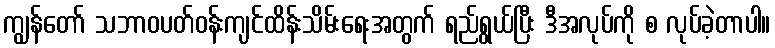
ကျွန်တော် သဘာဝပတ်ဝန်းကျင်ထိန်းသိမ်းရေးအတွက် ရည်ရွယ်ပြီး ဒီအလုပ်ကို စ လုပ်ခဲ့တာပါ။